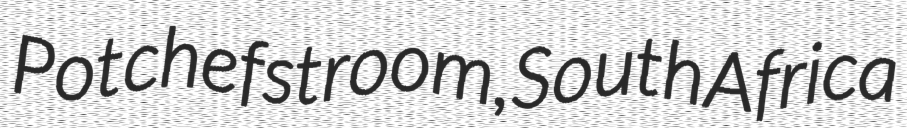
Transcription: Potchefstroom, South Africa